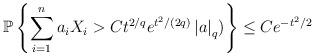
LaTeX: \begin{align*}\mathbb{P}\left\{\sum_{i=1}^na_iX_i>Ct^{2/q}e^{t^2/(2q)}\left\vert a \right\vert_q)\right\}\leq Ce^{-t^2/2}\end{align*}